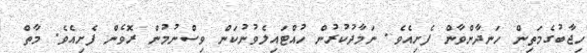
ހިޖާބުގެމަތިން ހަނދާންވާން ފެށިއެވެ. ނަމާދުކުރުން ހުއްޓައިލެވުނުކަން ވިސްނުމުން ރޮވެން ފެށިއެވެ. މާތް